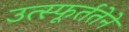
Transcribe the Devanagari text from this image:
उत्स्फूर्ततेने